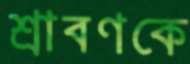
শ্রাবণকে